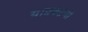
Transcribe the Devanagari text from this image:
याप्रकऱणी